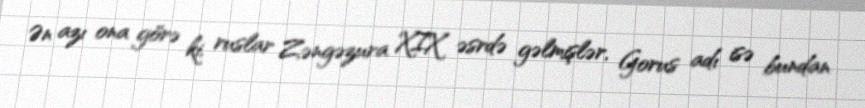
Ən azı ona görə ki, ruslar Zəngəzura XIX əsrdə gəlmişlər, Gorus adı isə bundan